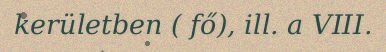
kerületben ( fő), ill. a VIII.